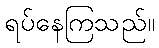
ရပ်နေကြသည်။